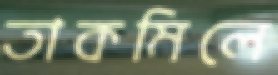
তাকমিলে